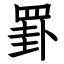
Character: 罫